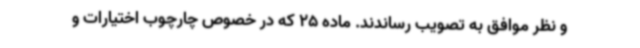
و نظر موافق به تصویب رساندند. ماده 25 که در خصوص چارچوب اختیارات و